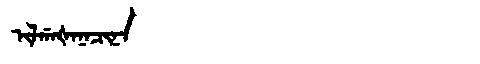
Manchu: ᡳᠯᡤᠠᡧᠠᠨᠠᠴᡳᠨᠠ
Romanization: ILGAŠANACINA